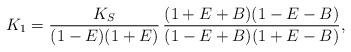
LaTeX: \begin{align*}K_1= \frac{K_S}{(1-E)(1+E)}\,\frac{(1+E+B)(1-E-B)}{(1-E+B)(1+E-B)},\end{align*}